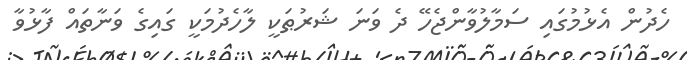
ހެދުން އެޅުމުގައި ސަމާލުވާންޖެހޭ ދެ ވަނަ ޝަރުޠަކީ ލާހެދުމަކީ ގައިގެ ވަނާތައް ފާޅުވާ